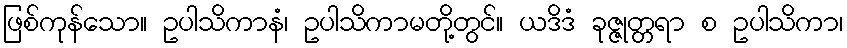
ဖြစ်ကုန်သော။ ဥပါသိကာနံ၊ ဥပါသိကာမတို့တွင်။ ယဒိဒံ ခုဇ္ဇုတ္တရာ စ ဥပါသိကာ၊